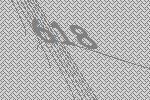
618